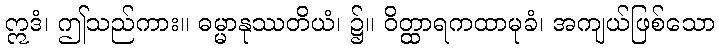
ဣဒံ၊ ဤသည်ကား။ ဓမ္မာနုဿတိယံ၊ ၌။ ဝိတ္ထာရကထာမုခံ၊ အကျယ်ဖြစ်သော